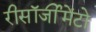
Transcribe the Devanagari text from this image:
रीसॉर्जीमेंटो